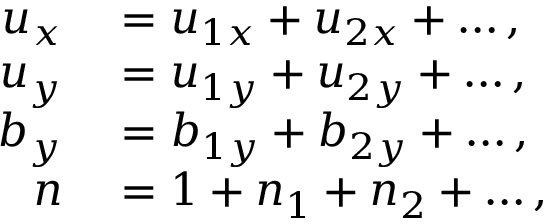
\begin{array} { r l } { u _ { x } } & { { } = u _ { 1 x } + u _ { 2 x } + \ldots , } \\ { u _ { y } } & { { } = u _ { 1 y } + u _ { 2 y } + \ldots , } \\ { b _ { y } } & { { } = b _ { 1 y } + b _ { 2 y } + \ldots , } \\ { n } & { { } = 1 + n _ { 1 } + n _ { 2 } + \ldots , } \end{array}